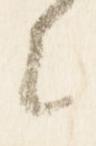
原